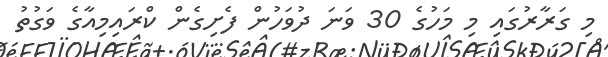
މި ގަރާރުގައި މި މަހުގެ 30 ވަނަ ދުވަހުން ފެށިގެން ކްރައިމިއާގެ ވަގުތު